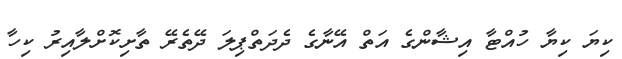
ކިޔަ ކިޔާ ހުއްޓާ އިޝާންގެ އަތް އޭނާގެ ދެދަތްޕިލަ ދޭތެރޭ ތާށިކޮށްލާއިރު ކިހާ